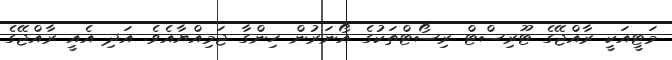
މަޓީއަކީ ރާއްޖޭގެ ޓޫރިސްޓް ރިސޯޓްތަކުގެ އޯނަރުން ހިންގާ ޖަމިއްޔާއެވެ. އަދި އެއީ ރާއްޖޭގެ